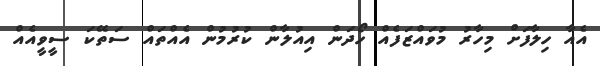
އެއާ ހިލާފަށް މިހާރު މުވައްޒަފެއް ހޯދަން އިއުލާން ކުރުމުން އެއްތައް ސަތޭކަ ސީވީއެއް